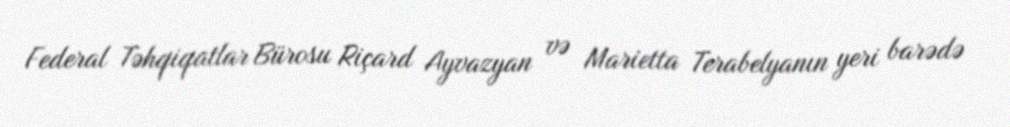
Federal Təhqiqatlar Bürosu Riçard Ayvazyan və Marietta Terabelyanın yeri barədə